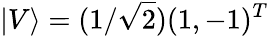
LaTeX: |V\rangle=(1/\sqrt{2})(1,-1)^{T}